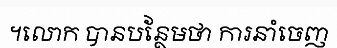
។លោក បានបន្ថែមថា ការនាំចេញ